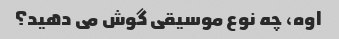
اوه، چه نوع موسیقی گوش می دهید؟